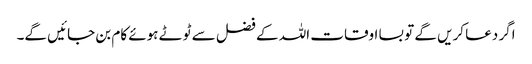
اگر دعا کریں گے تو بسا اوقات اللہ کے فضل سے ٹوٹے ہوئے کام بن جائیں گے۔